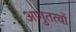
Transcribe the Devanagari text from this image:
अणुतत्वों